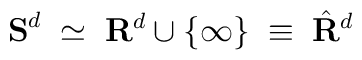
{\bf S}^{d}\;\simeq\;{\bf R}^{d}\cup\{\infty\}\;\equiv\; \hat{{\bf R}}^{d}